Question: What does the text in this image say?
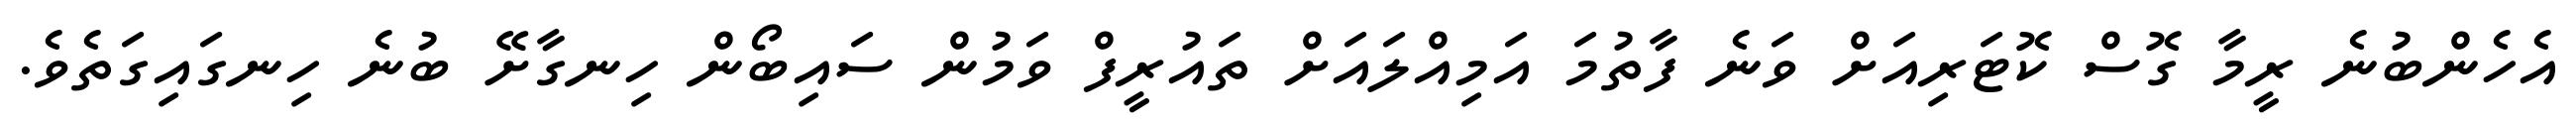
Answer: އެހެންބުނެ ރީމާ ގޮސް ކޮޓަރިއަށް ވަނެ ފާތުމަ އަމިއްލައަށް ތައުރީފް ވަމުން ސައިބޯން ހިނގާށޭ ބުނެ ހިނގައިގަތެވެ.